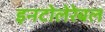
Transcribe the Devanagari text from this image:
इनटोलेरेबल